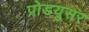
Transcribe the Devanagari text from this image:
प्रोडयुसर